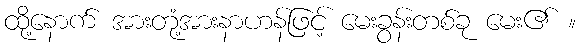
ထို့နောက် အားတုံ့အားနာဟန်ဖြင့် မေးခွန်းတစ်ခု မေး၏ ။